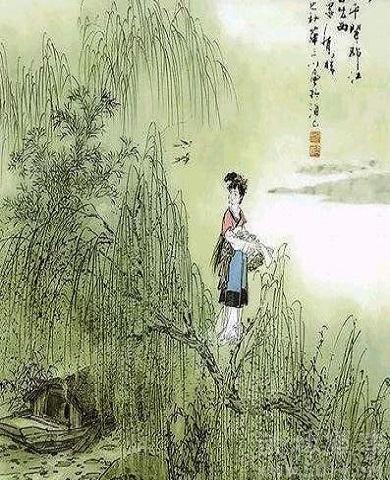
山桃红花满上头，蜀江春水拍山流。